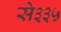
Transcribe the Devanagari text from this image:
से३३५